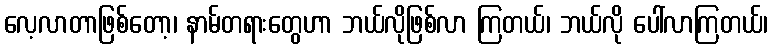
လေ့လာတာဖြစ်တော့၊ နာမ်တရားတွေဟာ ဘယ်လိုဖြစ်လာ ကြတယ်၊ ဘယ်လို ပေါ်လာကြတယ်၊